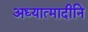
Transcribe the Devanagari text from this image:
अध्यात्मादीनि